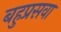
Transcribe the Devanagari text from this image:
बहुप्रसवा